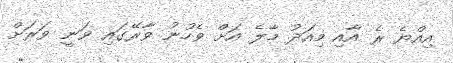
އިއްޔެ ރެ އާއި މިއަދު މާލެ އަށް ވެހުނު ވާރޭގައި ވަނީ ވަރަށް